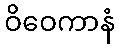
ဝိဝေကာနံ